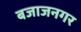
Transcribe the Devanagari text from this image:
बजाजनगर